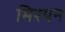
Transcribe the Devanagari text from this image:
मिरयन